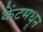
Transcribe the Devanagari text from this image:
केंटमधून